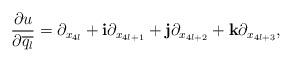
LaTeX: \begin{align*} \begin{aligned} \frac{\partial u}{\partial \overline{q_l}}=\partial_{x_{4l}}+\mathbf{i}\partial_{x_{4l+1}}+\mathbf{j}\partial_{x_{4l+2}}+\mathbf{k}\partial_{x_{4l+3}}, \end{aligned} \end{align*}